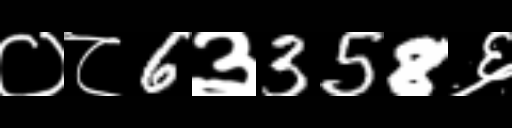
Text: ०८6३358६